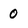
Character: 0